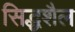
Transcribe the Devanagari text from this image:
सिद्धशैल